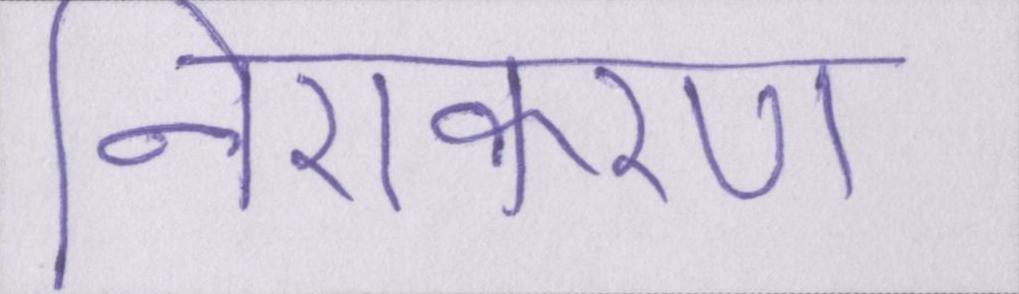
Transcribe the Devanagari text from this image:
निराकरण